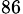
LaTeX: _{86}